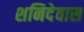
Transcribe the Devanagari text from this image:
शनिदेवास